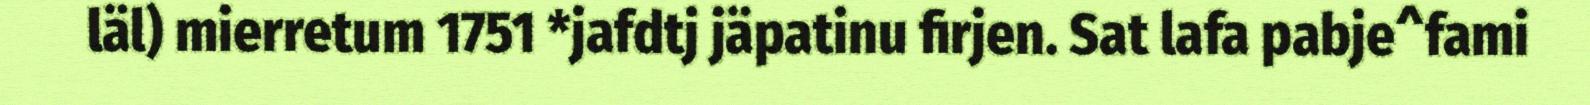
läl) mierretum 1751 *jafdtj jäpatinu firjen. Sat lafa pabje^fami